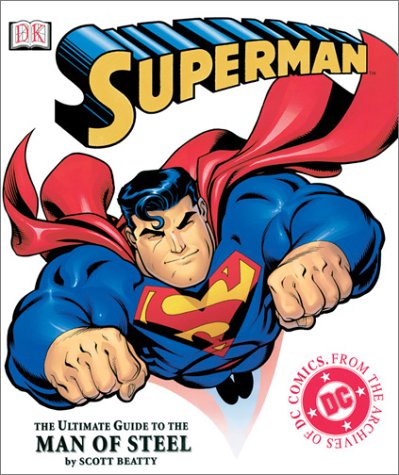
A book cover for Superman: The Ultimate Guide to the Man of Steel; Scott Beatty; Science Fiction & Fantasy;